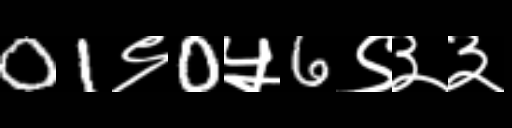
Text: 01९0५6९३३